Medical and sanitary report of the native army of Bengal for the year
Year: 1875
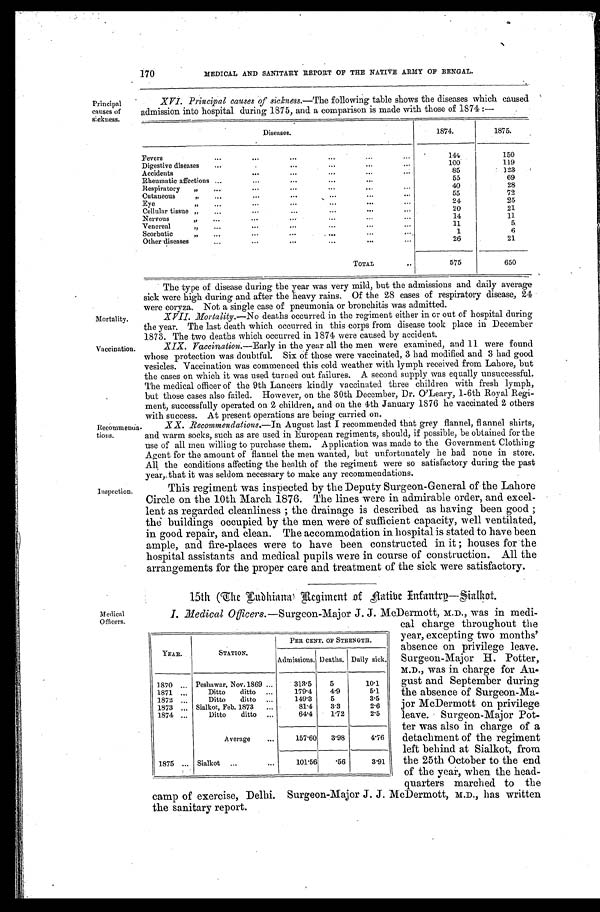
170
MEDICAL AND SANITARY REPORT OF THE NATIVE ARMY OF BENGAL.
Principal
causes of
sickness.
Mortality.
XVI. Principal causes of sickness.— The following table shows the diseases which caused
admission into hospital during 1875, and a comparison is made with those of 1874 :—
Diseases.
1874.
1875.
Fevers
...
...
...
...
...
...
144
150
Digestive diseases
...
. . .
... ... ...
...
100
119
Accidents
...
...
...
... ...
85
123
Rheumatic affections ...
...
... ... ...
55
69
Respiratory
„
... ...
...
...
... ...
40
28
Cutaneous „
...
...
... ... ... ...
55
72
Eye
„
... ... ... ... ... ...
24
25
Cellular tissue „
...
...
... ... ...
...
2 0
21
Nervous „
...
...
...
... ... ...
14
11
Venereal„
... ...
...
... ... ...
1 1
5
Scorbutic „
...
...
...
... ... ...
1
6
Other disease
...
...
...
...
...
...
26
21
TOTAL
..
575
650
The type of disease during the year was very mild, but the admissions and daily average
sick were high during and after the heavy rains. Of the 28 cases of respiratory disease, 24
were coryza. Not a single case of pneumonia or bronchitis was admitted.
XVII. Nortality.— No deaths occurred in the regiment either in or out of hospital during
the year. The last death which occurred in this corps from disease took place in December
1873. The two deaths which occurred in 1874 were caused by accident.
Vaccination.
Recommenda
-tions.
XIX.
Vaccination.— Early in the year all the men were examined, and 11 were found
whose protection was doubtful. Six of those were vaccinated, 3 had modified and 3 had good
vesicles. Vaccination was commenced this cold weather with lymph received from Lahore, but
the cases on which it was used turned out failures. A second supply was equally unsuccessful.
The medical officer of the 9th Lancers kindly vaccinated three children with fresh lymph,
but those cases also failed. However, on the 30th December, Dr. O'Leary, 1-6th Royal Regi-
ment, successfully operated on 2 children, and on the 4th January 1876 he vaccinated 2 others
with success. At present operations are being carried on.
XX.
Recommendations.—In August last I recommended that grey flannel, flannel shirts,
and warm socks, such as are used in European regiments, should, if possible, be obtained for the
use of all men willing to purchase them. Application was made to the Government Clothing
Agent for the amount of flannel the men wanted, but unfortunately be had none in store.
All the conditions affecting the health of the regiment were so satisfactory during the past
year, that it was seldom necessary to make any recommendations.
Inspection.
This regiment was inspected by the Deputy Surgeon-General of the Lahore
Circle on the 10th March 1876. The lines were in admirable order, and excel-
lent as regarded cleanliness ; the drainage is described as having been good ;
the buildings occupied by the men were of sufficient capacity, well ventilated,
in good repair, and clean. The accommodation in hospital is stated to have been
ample, and fire-places were to have been constructed in it ; houses for the
hospital assistants and medical pupils were in course of construction. All the
arrangements for the proper care and treatment of the sick were satisfactory.
15th (The Endhiana) Regiment of Native Infantry—Sialkot.
Medical
Officers.
I. .Medical Officers.—Surgeon-Major J. J. McDermott, M.D., was in medi-
YEAR.
STATION.
PER CENT. OF STRENGTH.
Admissions. Deaths. Daily sick.
1870 ... Peshawar, Nov.1869 ...
313.5
5
10.1
1871
...
Ditto
ditto ...
179.4
4.9
5.1
1872
...
Ditto
ditto
...
149.3
5
3.5
1873
...
Sialkot, Feb. 1873
...
81.4
3.3
2.6
1874 ...
Ditto
ditto ...
64.4
1.72
2.5
Average
...
157.60
3.98
4.76
1875 ... Sialkot ..
...
101. 56
.56
3.91
cal charge throughout the
year, excepting two months'
absence on privilege leave.
Surgeon-Major H. Potter,
M.D., was in charge for Au-
gust and September during
the absence of Surgeon-Ma-
jor McDermott on privilege
leave. Surgeon-Major Pot-
ter was also in charge of a
detachment of the regiment
left behind at Sialkot, from
the 25th October to the end
of the year, when the head-
Quarters marched to the
camp of exercise, Delhi. Surgeon-Major J. J . McDermott, M.D., has written
the sanitary report.